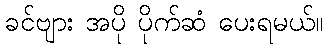
ခင်ဗျား အပို ပိုက်ဆံ ပေးရမယ်။